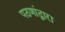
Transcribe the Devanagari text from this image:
पठणांद्वारा